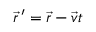
{ \vec { r } } \, ^ { \prime } = { \vec { r } } - { \vec { v } } t